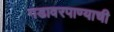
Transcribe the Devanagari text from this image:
गडावरपाण्याची